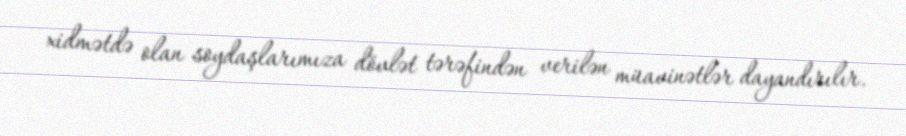
xidmətdə olan soydaşlarımıza dövlət tərəfindən verilən müavinətlər dayandırılır.